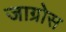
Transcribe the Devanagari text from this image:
जाग्रोस